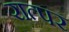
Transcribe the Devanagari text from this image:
रात्पर